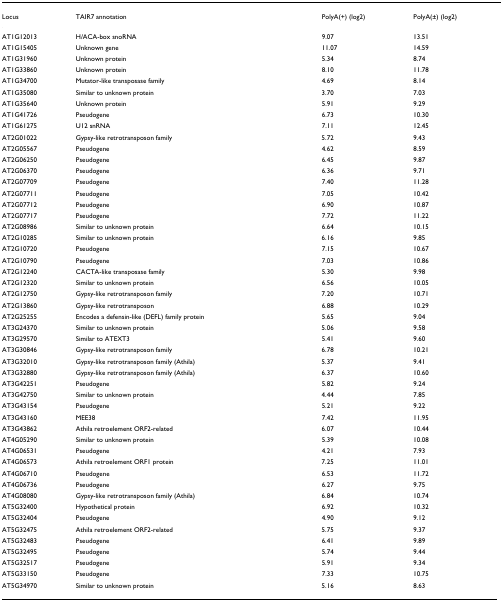
<table><thead><tr><td><b>Locus</b></td><td><b>TAIR7 annotation</b></td><td><b>PolyA(+) (log2)</b></td><td><b>PolyA(±) (log2)</b></td></tr></thead><tbody><tr><td>AT1G12013</td><td>H/ACA-box snoRNA</td><td>9.07</td><td>13.51</td></tr><tr><td>AT1G15405</td><td>Unknown gene</td><td>11.07</td><td>14.59</td></tr><tr><td>AT1G31960</td><td>Unknown protein</td><td>5.34</td><td>8.74</td></tr><tr><td>AT1G33860</td><td>Unknown protein</td><td>8.10</td><td>11.78</td></tr><tr><td>AT1G34700</td><td>Mutator-like transposase family</td><td>4.69</td><td>8.14</td></tr><tr><td>AT1G35080</td><td>Similar to unknown protein</td><td>3.70</td><td>7.03</td></tr><tr><td>AT1G35640</td><td>Unknown protein</td><td>5.91</td><td>9.29</td></tr><tr><td>AT1G41726</td><td>Pseudogene</td><td>6.73</td><td>10.30</td></tr><tr><td>AT1G61275</td><td>U12 snRNA</td><td>7.11</td><td>12.45</td></tr><tr><td>AT2G01022</td><td>Gypsy-like retrotransposon family</td><td>5.72</td><td>9.43</td></tr><tr><td>AT2G05567</td><td>Pseudogene</td><td>4.62</td><td>8.59</td></tr><tr><td>AT2G06250</td><td>Pseudogene</td><td>6.45</td><td>9.87</td></tr><tr><td>AT2G06370</td><td>Pseudogene</td><td>6.36</td><td>9.71</td></tr><tr><td>AT2G07709</td><td>Pseudogene</td><td>7.40</td><td>11.28</td></tr><tr><td>AT2G07711</td><td>Pseudogene</td><td>7.05</td><td>10.42</td></tr><tr><td>AT2G07712</td><td>Pseudogene</td><td>6.90</td><td>10.87</td></tr><tr><td>AT2G07717</td><td>Pseudogene</td><td>7.72</td><td>11.22</td></tr><tr><td>AT2G08986</td><td>Similar to unknown protein</td><td>6.64</td><td>10.15</td></tr><tr><td>AT2G10285</td><td>Similar to unknown protein</td><td>6.16</td><td>9.85</td></tr><tr><td>AT2G10720</td><td>Pseudogene</td><td>7.15</td><td>10.67</td></tr><tr><td>AT2G10790</td><td>Pseudogene</td><td>7.03</td><td>10.86</td></tr><tr><td>AT2G12240</td><td>CACTA-like transposase family</td><td>5.30</td><td>9.98</td></tr><tr><td>AT2G12320</td><td>Similar to unknown protein</td><td>6.56</td><td>10.05</td></tr><tr><td>AT2G12750</td><td>Gypsy-like retrotransposon family</td><td>7.20</td><td>10.71</td></tr><tr><td>AT2G13860</td><td>Gypsy-like retrotransposon</td><td>6.88</td><td>10.29</td></tr><tr><td>AT2G25255</td><td>Encodes a defensin-like (DEFL) family protein</td><td>5.65</td><td>9.04</td></tr><tr><td>AT3G24370</td><td>Similar to unknown protein</td><td>5.06</td><td>9.58</td></tr><tr><td>AT3G29570</td><td>Similar to ATEXT3</td><td>5.41</td><td>9.60</td></tr><tr><td>AT3G30846</td><td>Gypsy-like retrotransposon family</td><td>6.78</td><td>10.21</td></tr><tr><td>AT3G32010</td><td>Gypsy-like retrotransposon family (Athila)</td><td>5.37</td><td>9.41</td></tr><tr><td>AT3G32880</td><td>Gypsy-like retrotransposon family (Athila)</td><td>6.37</td><td>10.60</td></tr><tr><td>AT3G42251</td><td>Pseudogene</td><td>5.82</td><td>9.24</td></tr><tr><td>AT3G42750</td><td>Similar to unknown protein</td><td>4.44</td><td>7.85</td></tr><tr><td>AT3G43154</td><td>Pseudogene</td><td>5.21</td><td>9.22</td></tr><tr><td>AT3G43160</td><td>MEE38</td><td>7.42</td><td>11.95</td></tr><tr><td>AT3G43862</td><td>Athila retroelement ORF2-related</td><td>6.07</td><td>10.44</td></tr><tr><td>AT4G05290</td><td>Similar to unknown protein</td><td>5.39</td><td>10.08</td></tr><tr><td>AT4G06531</td><td>Pseudogene</td><td>4.21</td><td>7.93</td></tr><tr><td>AT4G06573</td><td>Athila retroelement ORF1 protein</td><td>7.25</td><td>11.01</td></tr><tr><td>AT4G06710</td><td>Pseudogene</td><td>6.53</td><td>11.72</td></tr><tr><td>AT4G06736</td><td>Pseudogene</td><td>6.27</td><td>9.75</td></tr><tr><td>AT4G08080</td><td>Gypsy-like retrotransposon family (Athila)</td><td>6.84</td><td>10.74</td></tr><tr><td>AT5G32400</td><td>Hypothetical protein</td><td>6.92</td><td>10.32</td></tr><tr><td>AT5G32404</td><td>Pseudogene</td><td>4.90</td><td>9.12</td></tr><tr><td>AT5G32475</td><td>Athila retroelement ORF2-related</td><td>5.75</td><td>9.37</td></tr><tr><td>AT5G32483</td><td>Pseudogene</td><td>6.41</td><td>9.89</td></tr><tr><td>AT5G32495</td><td>Pseudogene</td><td>5.74</td><td>9.44</td></tr><tr><td>AT5G32517</td><td>Pseudogene</td><td>5.91</td><td>9.34</td></tr><tr><td>AT5G33150</td><td>Pseudogene</td><td>7.33</td><td>10.75</td></tr><tr><td>AT5G34970</td><td>Similar to unknown protein</td><td>5.16</td><td>8.63</td></tr></tbody></table>